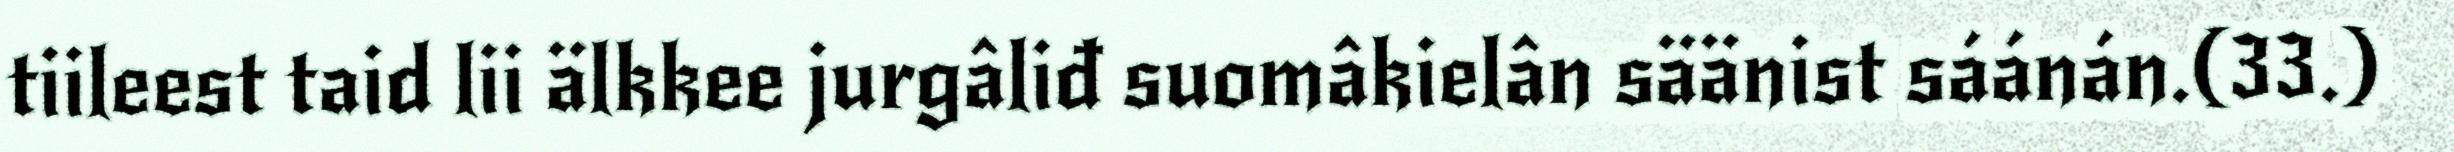
tiileest taid lii älkkee jurgâliđ suomâkielân säänist sáánán.(33.)